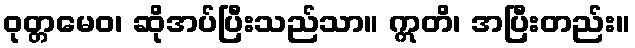
ဝုတ္တမေဝ၊ ဆိုအပ်ပြီးသည်သာ။ ဣတိ၊ အပြီးတည်း။